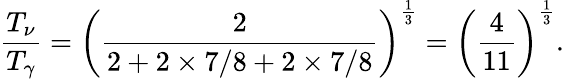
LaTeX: {\frac{T_{\nu}}{T_{\gamma}}}=\left({\frac{2}{2+2\times 7/8+2\times 7/8}}\right)^{\frac{1}{3}}=\left({\frac{4}{11}}\right)^{\frac{1}{3}}.